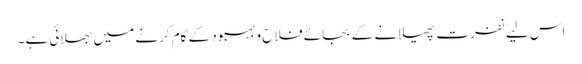
اس لیے نفرت پھیلانے کے بجائے فلاح وبہبود کے کام کرنے میں بھلائی ہے۔